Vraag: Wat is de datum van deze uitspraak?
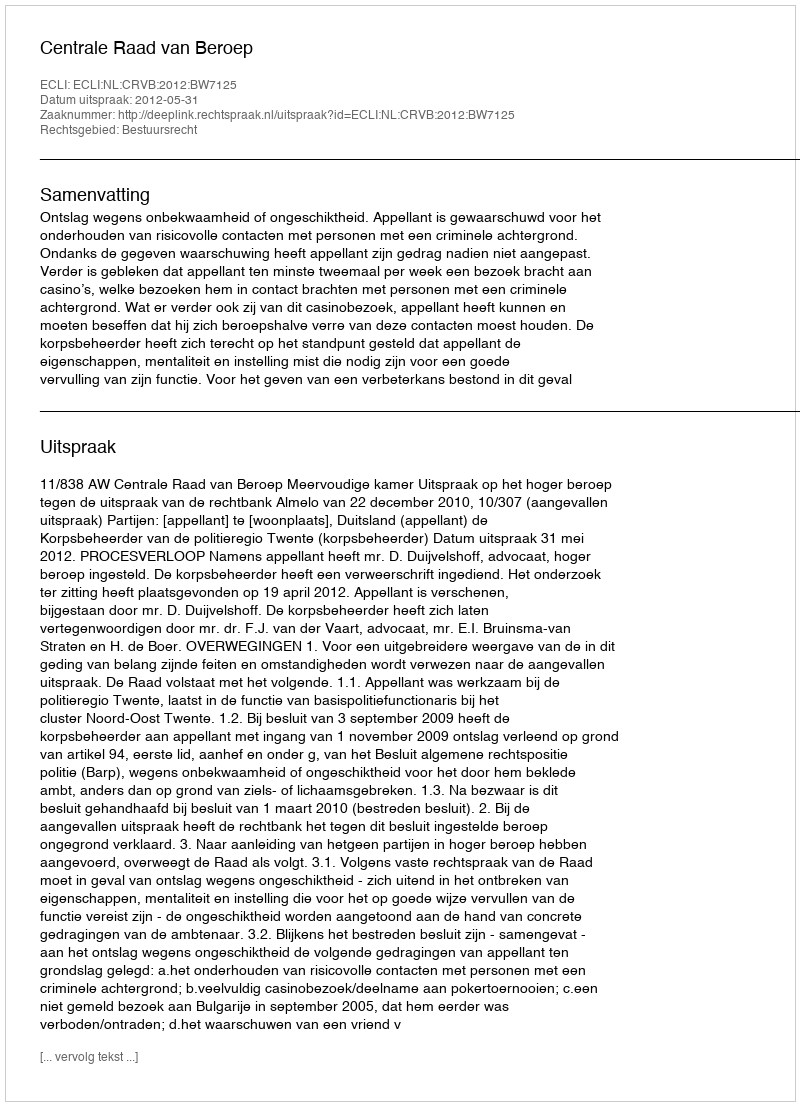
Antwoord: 2012-05-31